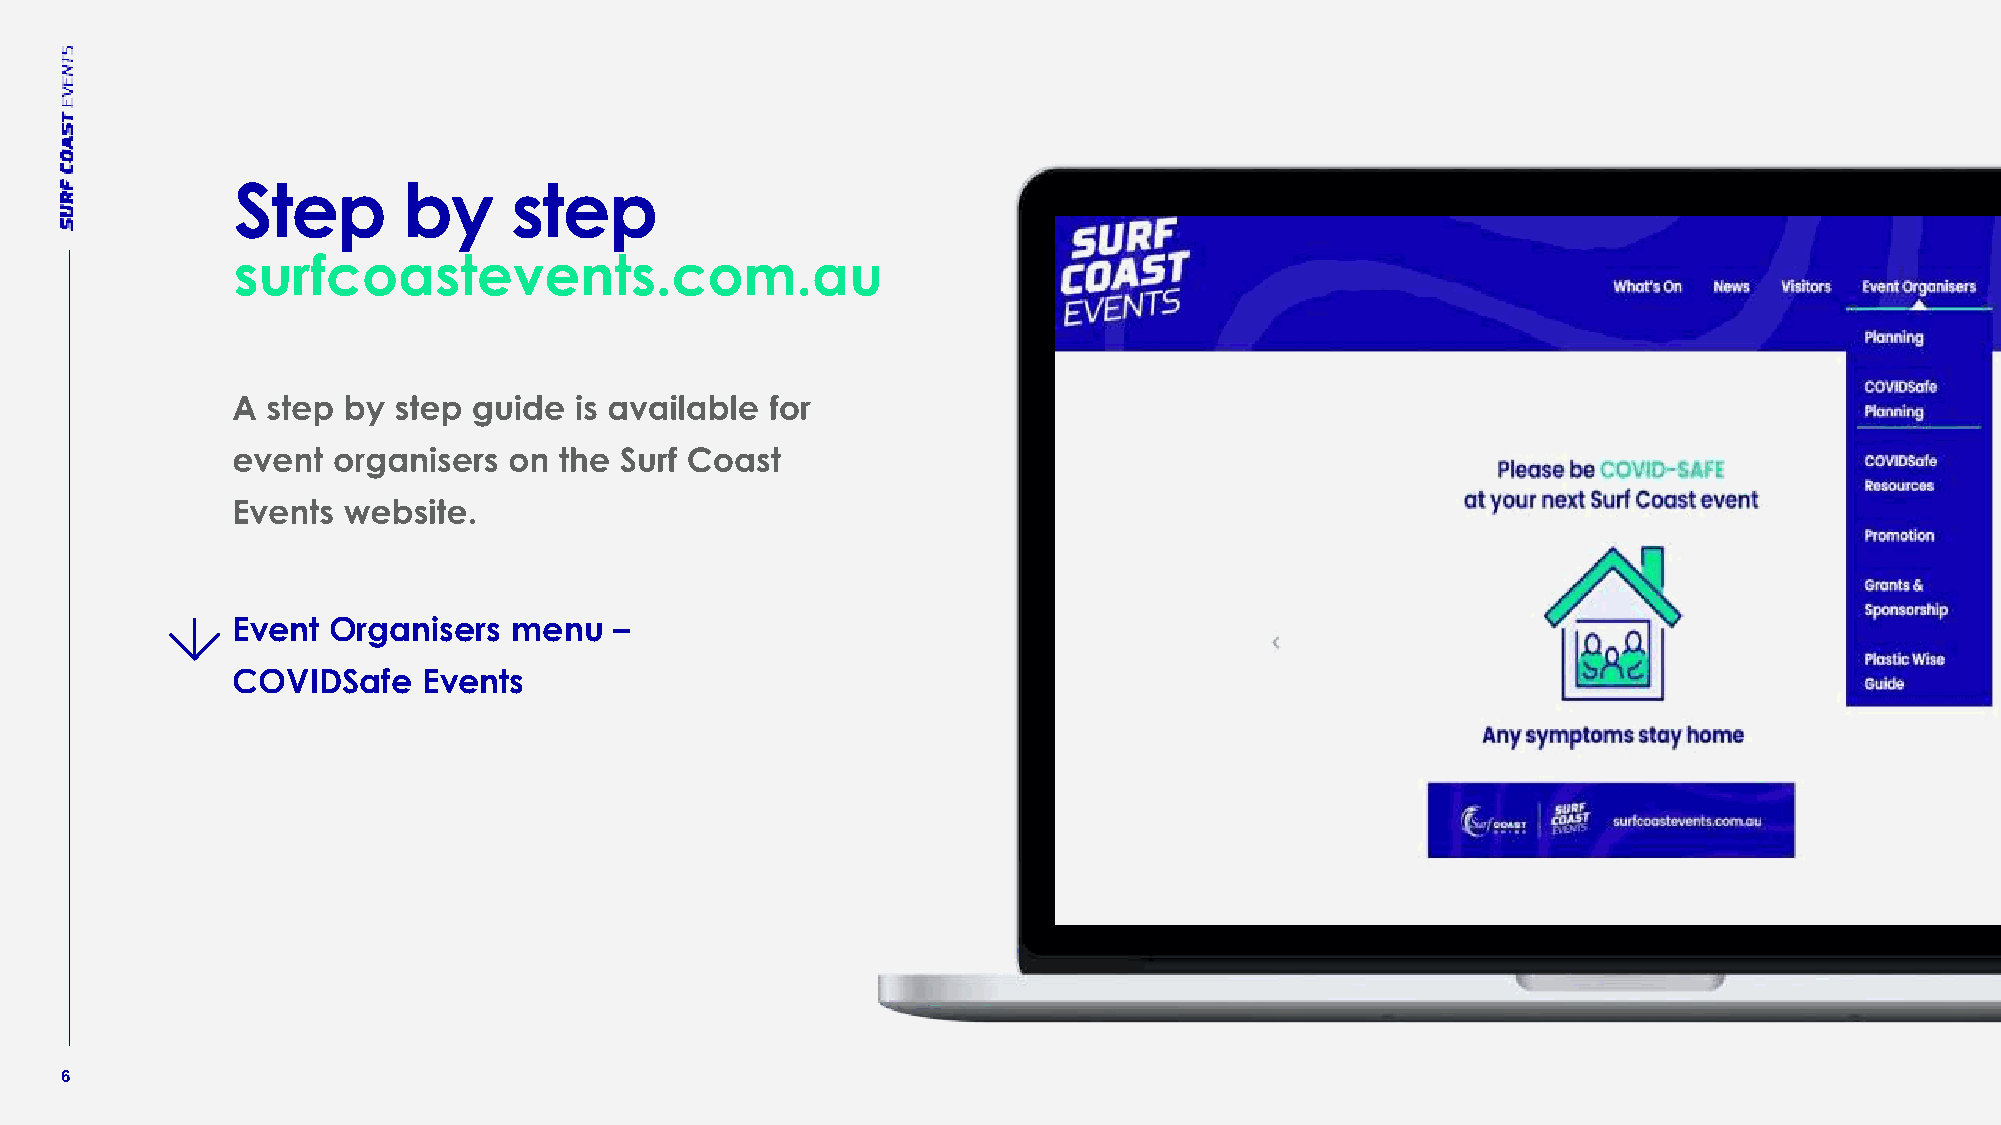
Step        by     step
 surfcoastevents.com.au
 Event  Organisers  menu   –
 COVIDSafe    Events
 6